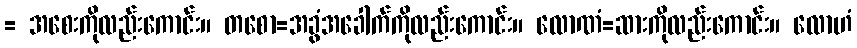
= အစေးကိုလည်းကောင်း။ တစော=အခွံအခေါက်ကိုလည်းကောင်း။ လောဏံ=ဆားကိုလည်းကောင်း။ လောဟံ